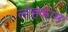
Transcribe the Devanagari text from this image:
लोहकाम